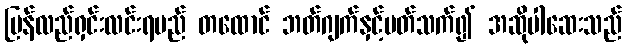
ပြန်လည်ရှင်းလင်းရမည် တထောင် ဘတ်ဂျက်နှင့်ပတ်သက်၍ အဆိုပါဆေးသည်